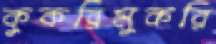
কুকরিমুকরি